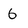
Character: 6